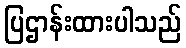
ပြဌာန်းထားပါသည်